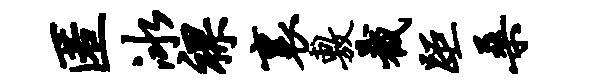
匿冰裸里敷截距桑